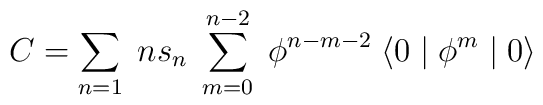
C = \sum_{n=1} \; n s_{n} \;\sum_{m=0}^{n-2} \; \phi^{n-m-2} \;\langle 0 \mid \phi^{m} \mid 0 \rangle